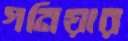
গনিয়ার